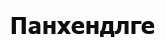
Панхендлге